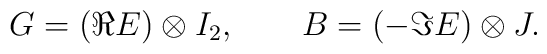
G=({\Re}E)\otimes I_2 , \qquad B=(-{\Im}E)\otimes J .